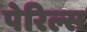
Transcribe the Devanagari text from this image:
पेरिल्स